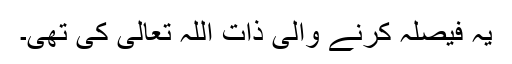
یہ فیصلہ کرنے والی ذات اللہ تعالیٰ کی تھی۔